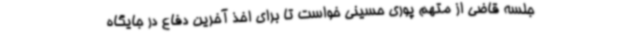
جلسه قاضی از متهم پوری حسینی خواست تا برای اخذ آخرین دفاع در جایگاه